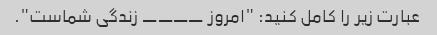
عبارت زیر را کامل کنید: "امروز ____ زندگی شماست".